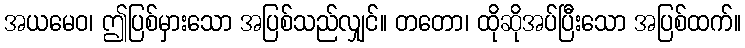
အယမေဝ၊ ဤပြစ်မှားသော အပြစ်သည်လျှင်။ တတော၊ ထိုဆိုအပ်ပြီးသော အပြစ်ထက်။